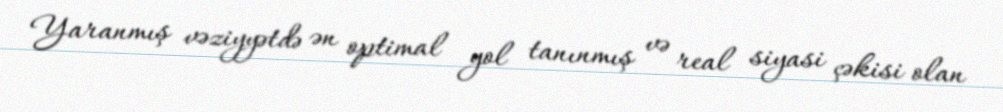
Yaranmış vəziyyətdə ən optimal yol tanınmış və real siyasi çəkisi olan